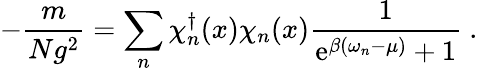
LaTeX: -\frac{m}{Ng^{2}}=\sum_{n}\chi_{n}^{\dagger}(x)\chi_{n}(x)\frac{1}{\mathrm{e}^{\beta(\omega_{n}-\mu)}+1}\ .